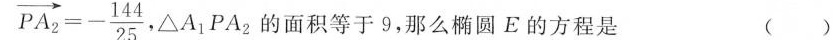
\overrightarrow { P A _ { 2 } } = - \frac { 1 4 4 } { 2 5 }$$ ，△A_{1}PA_{2}的面积等于9，那么椭圆E的方程是 ( )